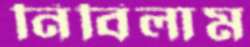
নিবিলাম